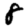
Digit: 8